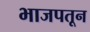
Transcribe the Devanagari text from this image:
भाजपतून